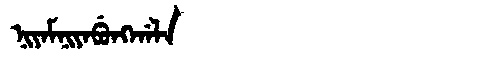
Manchu: ᠨᡳᠶᠠᠮᠨᡳᠶᠠᠪᡠᠩᡤᠠᠯᠠ
Romanization: NIYAMNIYABUNGGALA